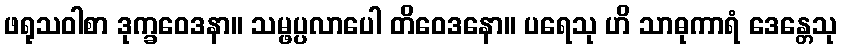
ဖရုသဝါစာ ဒုက္ခဝေဒနာ။ သမ္ဖပ္ပလာပေါ တိဝေဒနော။ ပရေသု ဟိ သာဓုကာရံ ဒေန္တေသု